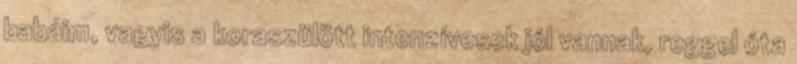
babáim, vagyis a koraszülött intenzívesek jól vannak, reggel óta